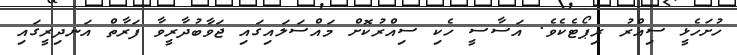
ހުށަހެޅީ ސިއްރު ރިޕޯޓެކެވެ. އަސާސީ ހެކި ސިއްރުކޮށް މައްސަލައިގައި ޖަވާބުދާރީވާ ފަރާތް އަނދިރީގައި